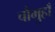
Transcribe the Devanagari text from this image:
चौमुहाँ